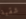
شقية